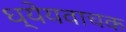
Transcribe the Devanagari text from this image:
ध्येयवाचक